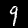
Digit: 9